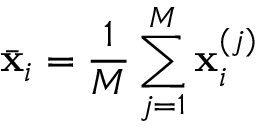
\Bar { \mathbf { x } } _ { i } = \frac { 1 } { M } \sum _ { j = 1 } ^ { M } \mathbf { x } _ { i } ^ { ( j ) }